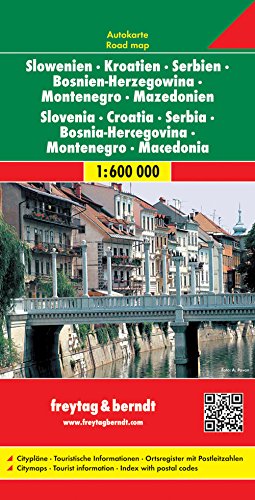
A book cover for Slovenia/Croatia/Serbia/Bosnia-Herzegovina/Montenegro/Macedonia; Freytag-Berndt und Artaria; Travel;